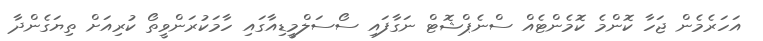
އަހަރެމެން ޖަހާ ކޮންމެ ކޮމެންޓެއް ސްނެޕްޝޮޓް ނަގާފައި ސޯސަލްމީޑިއާގައި ހާމަކުރަންވީތޯ ކުރިއަށް ތިޔަގެންދާ